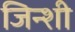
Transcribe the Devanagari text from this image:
जिन्शी